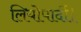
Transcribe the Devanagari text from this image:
लियोपार्दी।